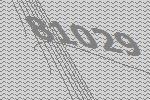
81029